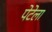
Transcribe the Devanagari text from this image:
पेटेला